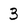
Character: 3